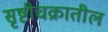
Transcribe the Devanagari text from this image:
सृष्टीचक्रातील